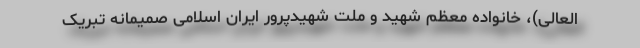
العالی)، خانواده معظم شهید و ملّت شهیدپرور ایران اسلامی صمیمانه تبریک